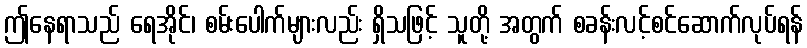
ဤနေရာသည် ရေအိုင်၊ စမ်းပေါက်များလည်း ရှိသဖြင့် သူတို့ အတွက် စခန်းလင့်စင်ဆောက်လုပ်ရန်